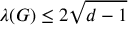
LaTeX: \lambda ( G ) \leq 2 { \sqrt { d - 1 } }